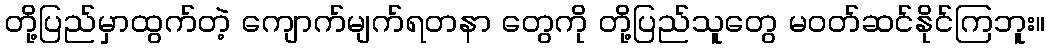
တို့ပြည်မှာထွက်တဲ့ ကျောက်မျက်ရတနာ တွေကို တို့ပြည်သူတွေ မဝတ်ဆင်နိုင်ကြဘူး။